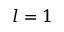
l = 1